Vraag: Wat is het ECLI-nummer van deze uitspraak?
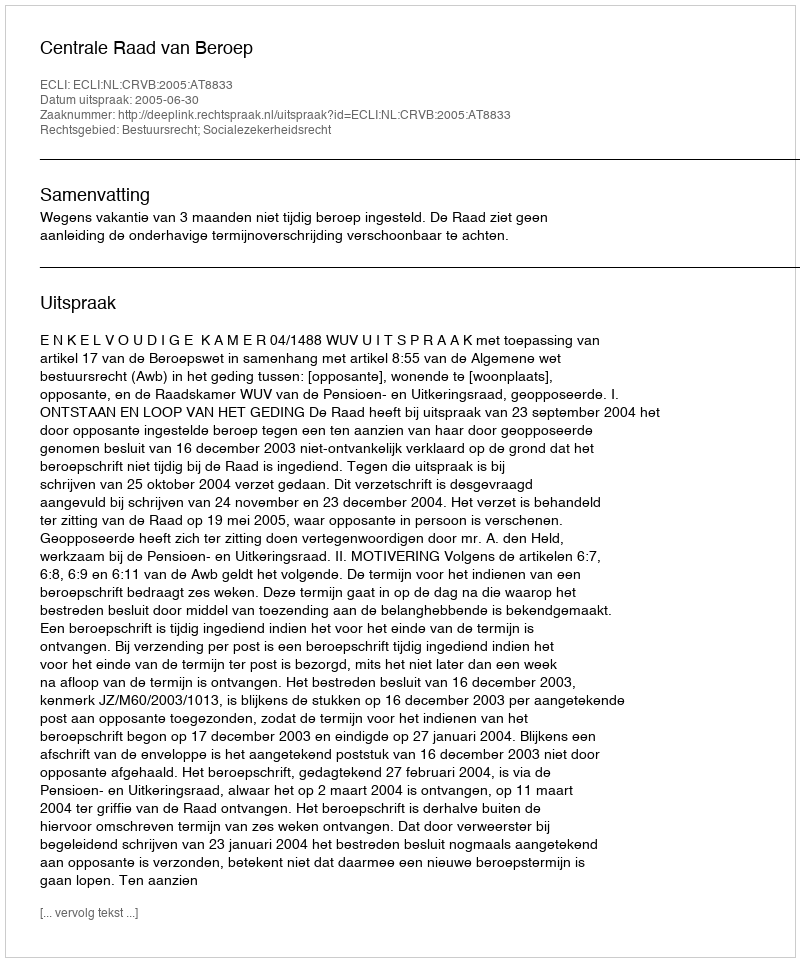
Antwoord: ECLI:NL:CRVB:2005:AT8833